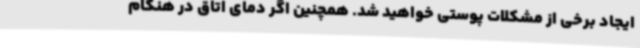
ایجاد برخی از مشکلات پوستی خواهید شد. همچنین اگر دمای اتاق در هنگام